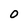
Character: O